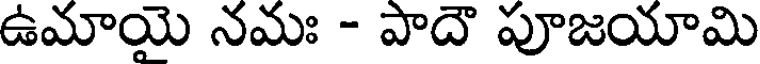
ఉమాయై నమః - పాదౌ పూజయామి